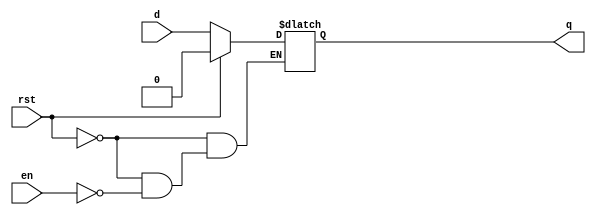
`timescale 1ns / 1ps
//////////////////////////////////////////////////////////////////////////////////
// Company: 
// Engineer: 
// 
// Design Name: 
// Module Name: seq_dlatch_rst_bh
// Project Name: 
// Target Devices: 
// Tool Versions: 
// Description: 
// 
// Dependencies: 
// 
// Revision:
// Revision 0.01 - File Created
// Additional Comments:
// 
//////////////////////////////////////////////////////////////////////////////////


module seq_dlatch_rst_bh(q,en,d,rst);
input en,d,rst;
output reg q;
always @(en,q,rst)
    if(rst)
    q = 1'b0;
    else if(en)
            q = d;  
endmodule